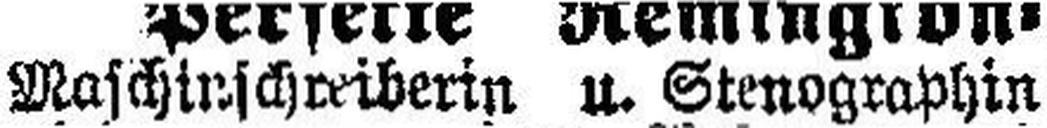
Maschinschreiberin u. Stenographin